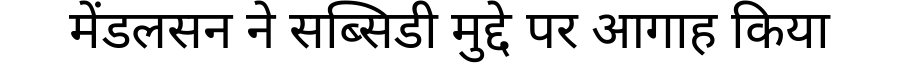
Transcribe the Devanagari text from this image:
मेंडलसन ने सब्सिडी मुद्दे पर आगाह किया